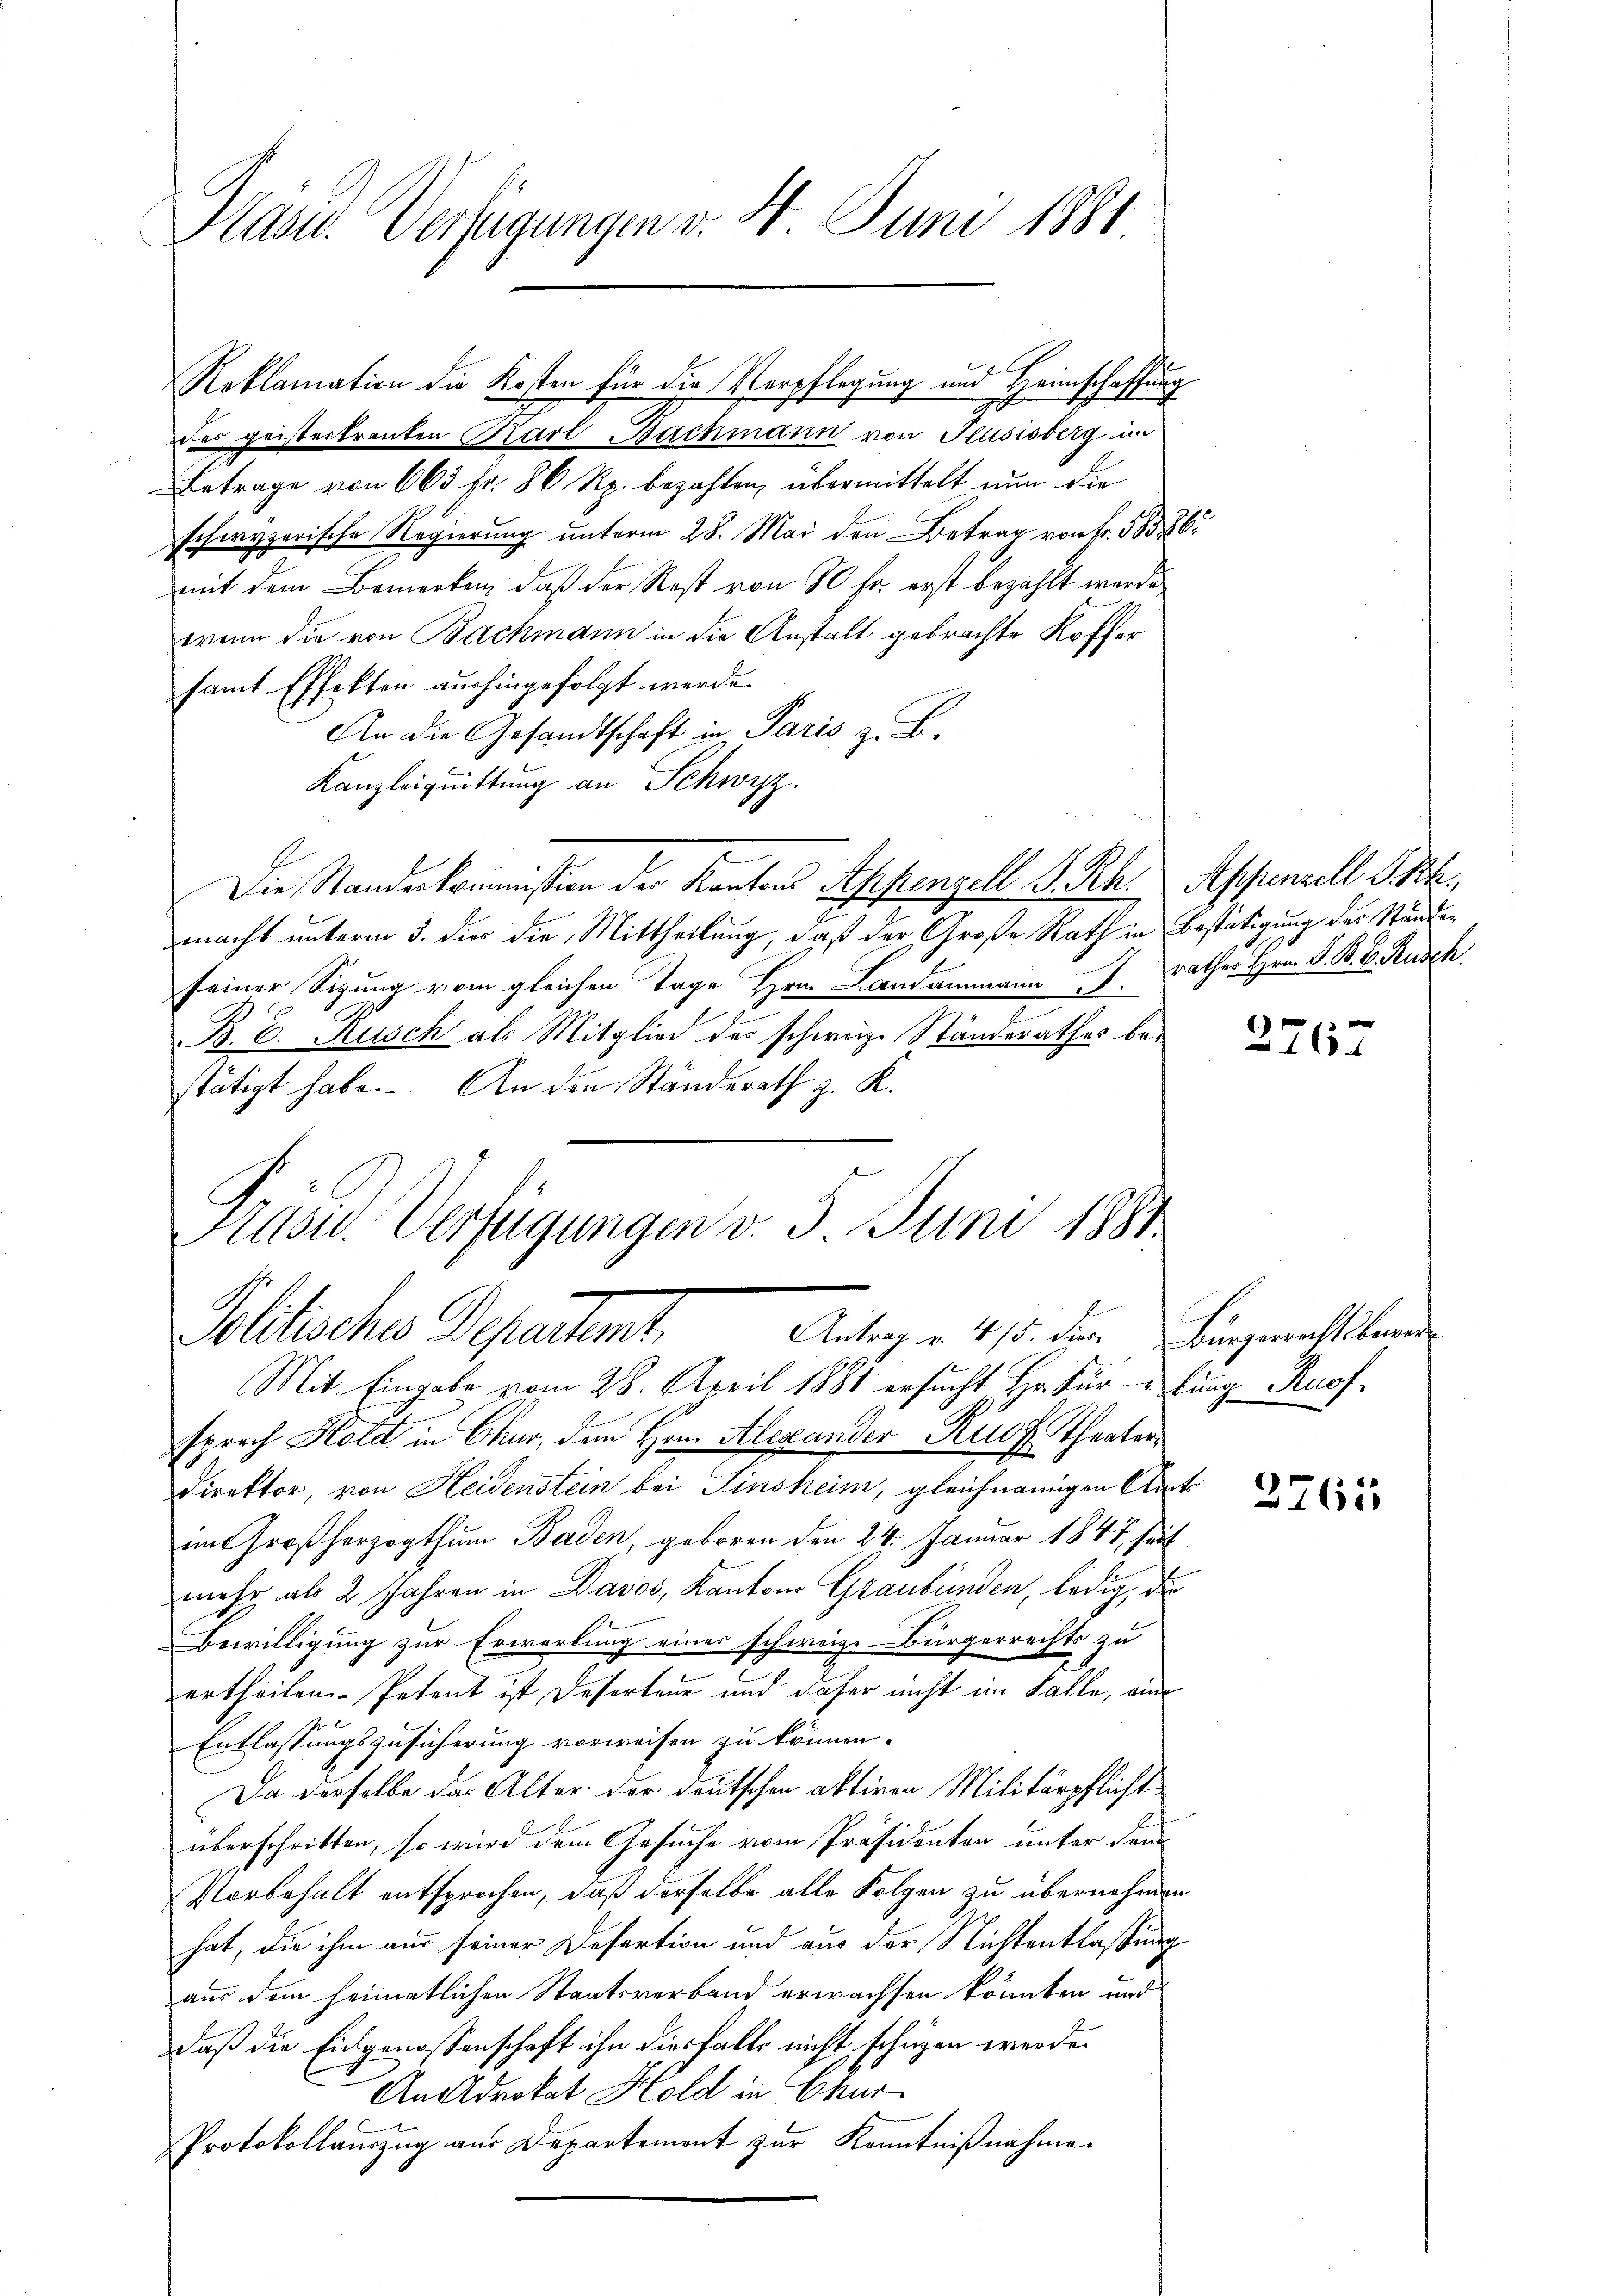
Pasu. Verfügungen v. 4. Juni 1881

Reklamation die Kosten für die Verpflegung und Heimschaffung

des geisterkranken Karl Bachmann von Flusisberg im
Betrage von 663 fr. 86 Rp. bezahlen, übermittelt nun die
schwyzerische Regierung unterm 28. Mai den Betrag von Fr. 583. 86
mit dem Bemerken, daß der Rest von 80 fr. erst bezahlt werde
wenn die von Bachmann in die Anstalt gebrachte Koffer
samt Effekten aushingefolgt werde.
An die Gesandtschaft in Paris z. B.
Kanzleiquittung an Schwyz.
Die Standeskommission der Kantons Appenzell S. Rh. Appenzell I.Rh.
macht unterm 3. dies die Mittheilung, daß der Große Rath in Bestätigung des Ständen
seiner Sigung vom gleichen Tage Hrn. Landammann rathes Hrn. F. B. B. Rusch
z
B. E. Rusch als Mitglied des schweiz. Ständerathes bestätigt habe. An den Ständerath z. K.
sprach Hold in Chur, dem Hrn. Alexander Prof. Theater¬
Direktor, von Heidenstein bei Tinsheim, gleichnamigen Amts
im Großherzogthum Baden, geboren den 24. Januar 1847 seit
mehr als 2 Jahren in Davos, Kantons Graubünden, ledig, die
Bewilligung zur Erwerbung eines schweize-Bürgerrechts zu
ertheilen Petent ist Deserteur und daher nicht im Falle, ein
Entlassungszusicherung vorweisen zu können.
Da derselbe das Alter der deutschen aktiven Militärpflicht
überschritten, so wird dem Gesuche vom Präsidenten unter den
Vorbehalt entsprochen, daß derselbe alle Folgen zu übernehmen
hat, die ihm aus seiner Defertion und aus der Nichtentlaßung
aus dem heimatlichen Staatsverband erwachsen könnten und
daß die Eidgenossenschaft ihn diesfalls nicht schüzen werden.
An Advokat Hold in Chur
Protokollauszug aus Departement zur Kenntnißnahme.

Kasu. Verfügungen v. 3. Juni 1881
Politische Deparient.
Antrag u. 415. dir. Bürgerrechtsbewer
Mit Eingabe vom 28. April 1881 ersucht Hr. Für burg Knof

2767

2765